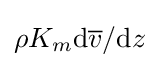
\rho K_{m}\mathrm {d} {\overline {v}}/\mathrm {d} z